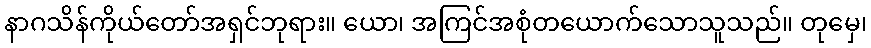
နာဂသိန်ကိုယ်တော်အရှင်ဘုရား။ ယော၊ အကြင်အစုံတယောက်သောသူသည်။ တုမှေ၊